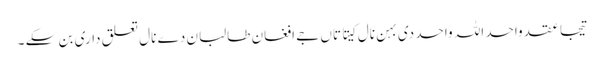
تیجا عقد واحد اللہ واحد دی بہن نال کیتا تاں جے افغان طالبان دے نال تعلق داری بن سکے ۔